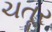
ચતૂર